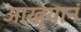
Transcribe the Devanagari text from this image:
आख्यानं